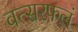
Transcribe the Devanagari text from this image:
वत्सरफलं